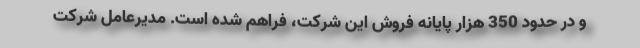
و در حدود 350 هزار پایانه فروش این شرکت، فراهم شده است. مدیرعامل شرکت